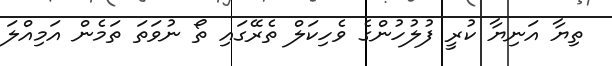
ތިޔާ އަނިޔާ ކުރީ ފުލުހުންގެ ވެހިކަލް ތެރޭގައި ތޯ ނުވަތަ ތަމެން އަމިއްލަ